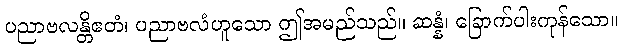
ပညာဗလန္တိဧတံ၊ ပညာဗလံဟူသော ဤအမည်သည်။ ဆန္နံ၊ ခြောက်ပါးကုန်သော။